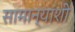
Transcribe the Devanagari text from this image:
सामान्यांशी